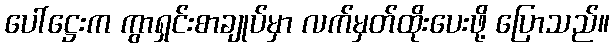
ပေါ်ဋ္ဌေးက ကွာရှင်းစာချုပ်မှာ လက်မှတ်ထိုးပေးဖို့ ပြောသည်။